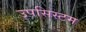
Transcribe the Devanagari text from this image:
उपसिस्टम